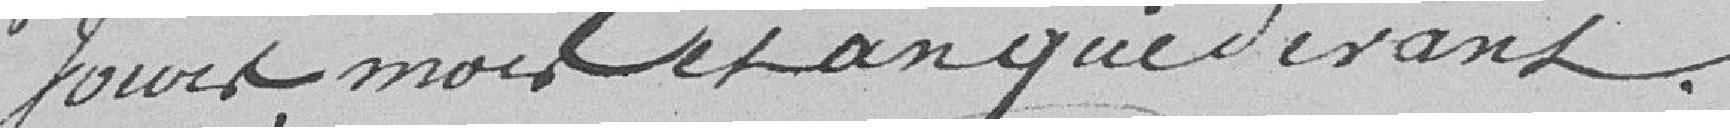
jours, mois et an que devant